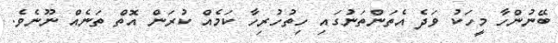
ބޭނުންހާ މީހަކު ވަދެ އެތަންތަނުގައި ހިތުހުރިހާ ކަމެއް ކުރަން އޮތް ތަނެއް ނޫނެވެ.